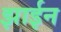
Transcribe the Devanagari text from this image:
झाईन